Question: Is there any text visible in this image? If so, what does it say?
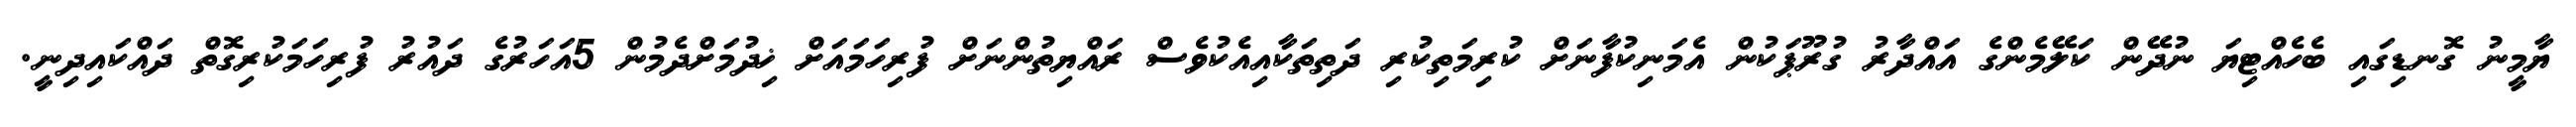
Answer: ޔާމީނު ގޮނޑިގައި ބެހެއްޓިޔަ ނުދޭން ކަލޭމެންގެ އައްދާރު ގުރޫޕަކުން އެމަނިކުފާނަށް ކުރިމަތިކުރި ދަތިތަކާއިއެކުވެސް ރައްޔިތުންނަށް ފުރިހަމައަށް ޚިދުމަށްދެމުން 5އަހަރުގެ ދައުރު ފުރިހަމަކުރިގޮތް ދައްކައިދިނީ.